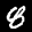
Label: 8